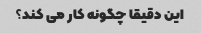
این دقیقا چگونه کار می کند؟